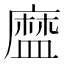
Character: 𥂓